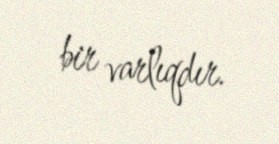
bir varlıqdır.